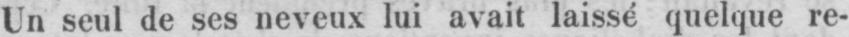
Un seul de ses neveux lui avait laissé quelque re-